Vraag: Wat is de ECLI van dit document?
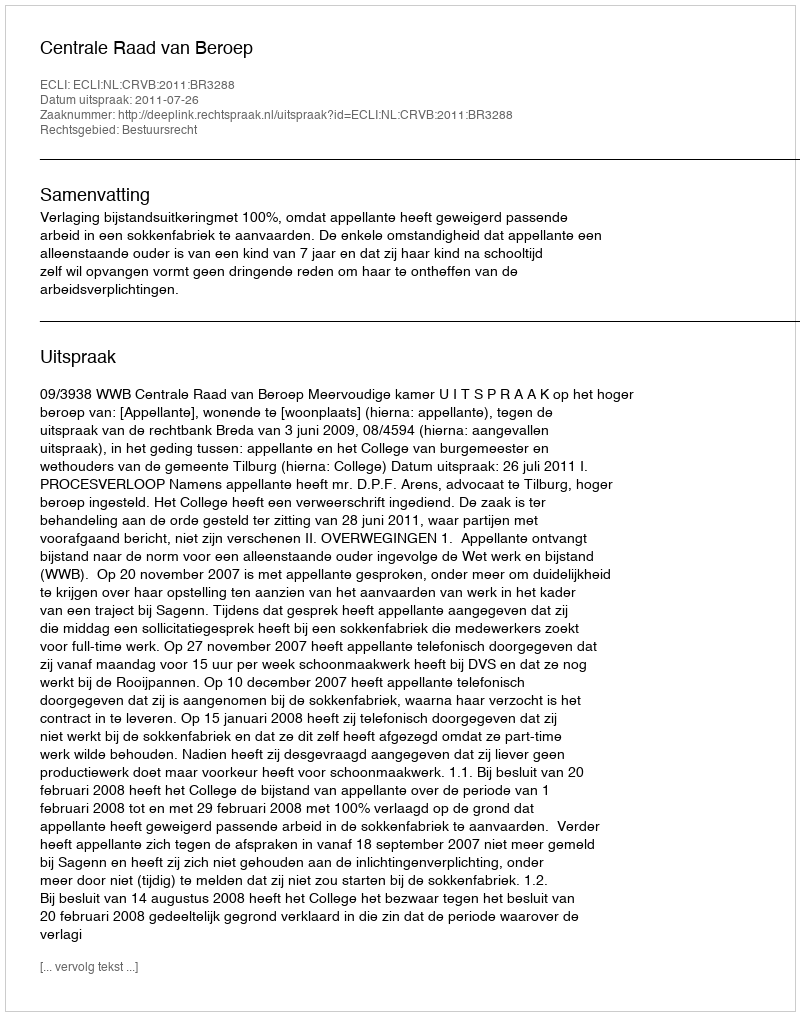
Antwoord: ECLI:NL:CRVB:2011:BR3288